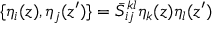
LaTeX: \{ \eta _ { i } ( z ) , \eta _ { j } ( z ^ { \prime } ) \} = \bar { S } _ { i j } ^ { k l } \eta _ { k } ( z ) \eta _ { l } ( z ^ { \prime } )